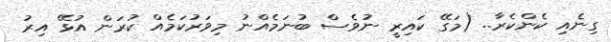
ގިނެއި ކެންކެރާ.. (މަގޭ ކައިރީ ނުވެސް ބުނަމެއްނު މިވަރުކަމެއް ކުރަން އުޅޭ އިރު